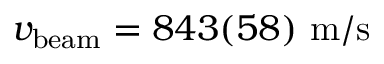
v _ { \mathrm { b e a m } } = 8 4 3 ( 5 8 ) ~ \mathrm { m / s }